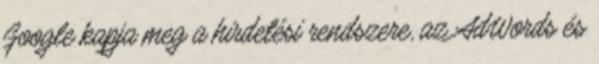
Google kapja meg a hirdetési rendszere, az AdWords és